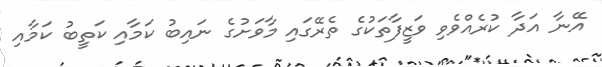
އޭނާ އަދާ ކުރެއްވެވި ވަޒީފާތަކުގެ ތެރޭގައި މާވަށުގެ ނައިބު ކަމާއި ކަތީބު ކަމާއި